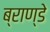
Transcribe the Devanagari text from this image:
ब्राण्डे